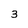
Character: 3